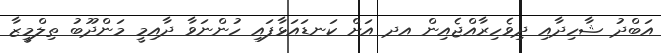
އަބްދު ޝާހިދާއި ދިވެހިރާއްޖެއިން އދ އަށް ކަނޑައަޅާފައި ހުންނަވާ ދާއިމީ މަންދޫބު ތިލްމީޒާ